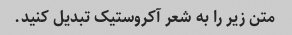
متن زیر را به شعر آکروستیک تبدیل کنید.